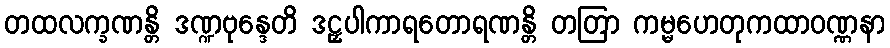
တထလက္ခဏန္တိ ဒဏ္ဍဗုန္ဒေတိ ဒဠှပါကာရတောရဏန္တိ တတြာ ကမ္မဟေတုကထာဝဏ္ဏနာ